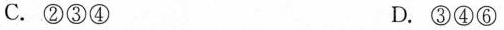
C.②③④ D.③④⑥